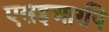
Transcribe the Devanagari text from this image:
एसइआरपि